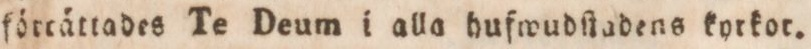
förtättades Te Deum i alla hufwudſtadens korkot.